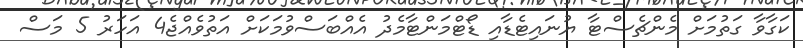
ކަގާވާ ގަތުމަށް މެންޗެސްޓާ ޔުނައިޓެޑާއި ޑޯޓްމަންޓާމެދު އެއްބަސްވުމަކަށް އަތުވެއްޖެ4 އަހަރު 5 މަސް